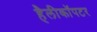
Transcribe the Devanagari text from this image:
हैलीकाॅपटर